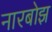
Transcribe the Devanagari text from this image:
नारबोझ